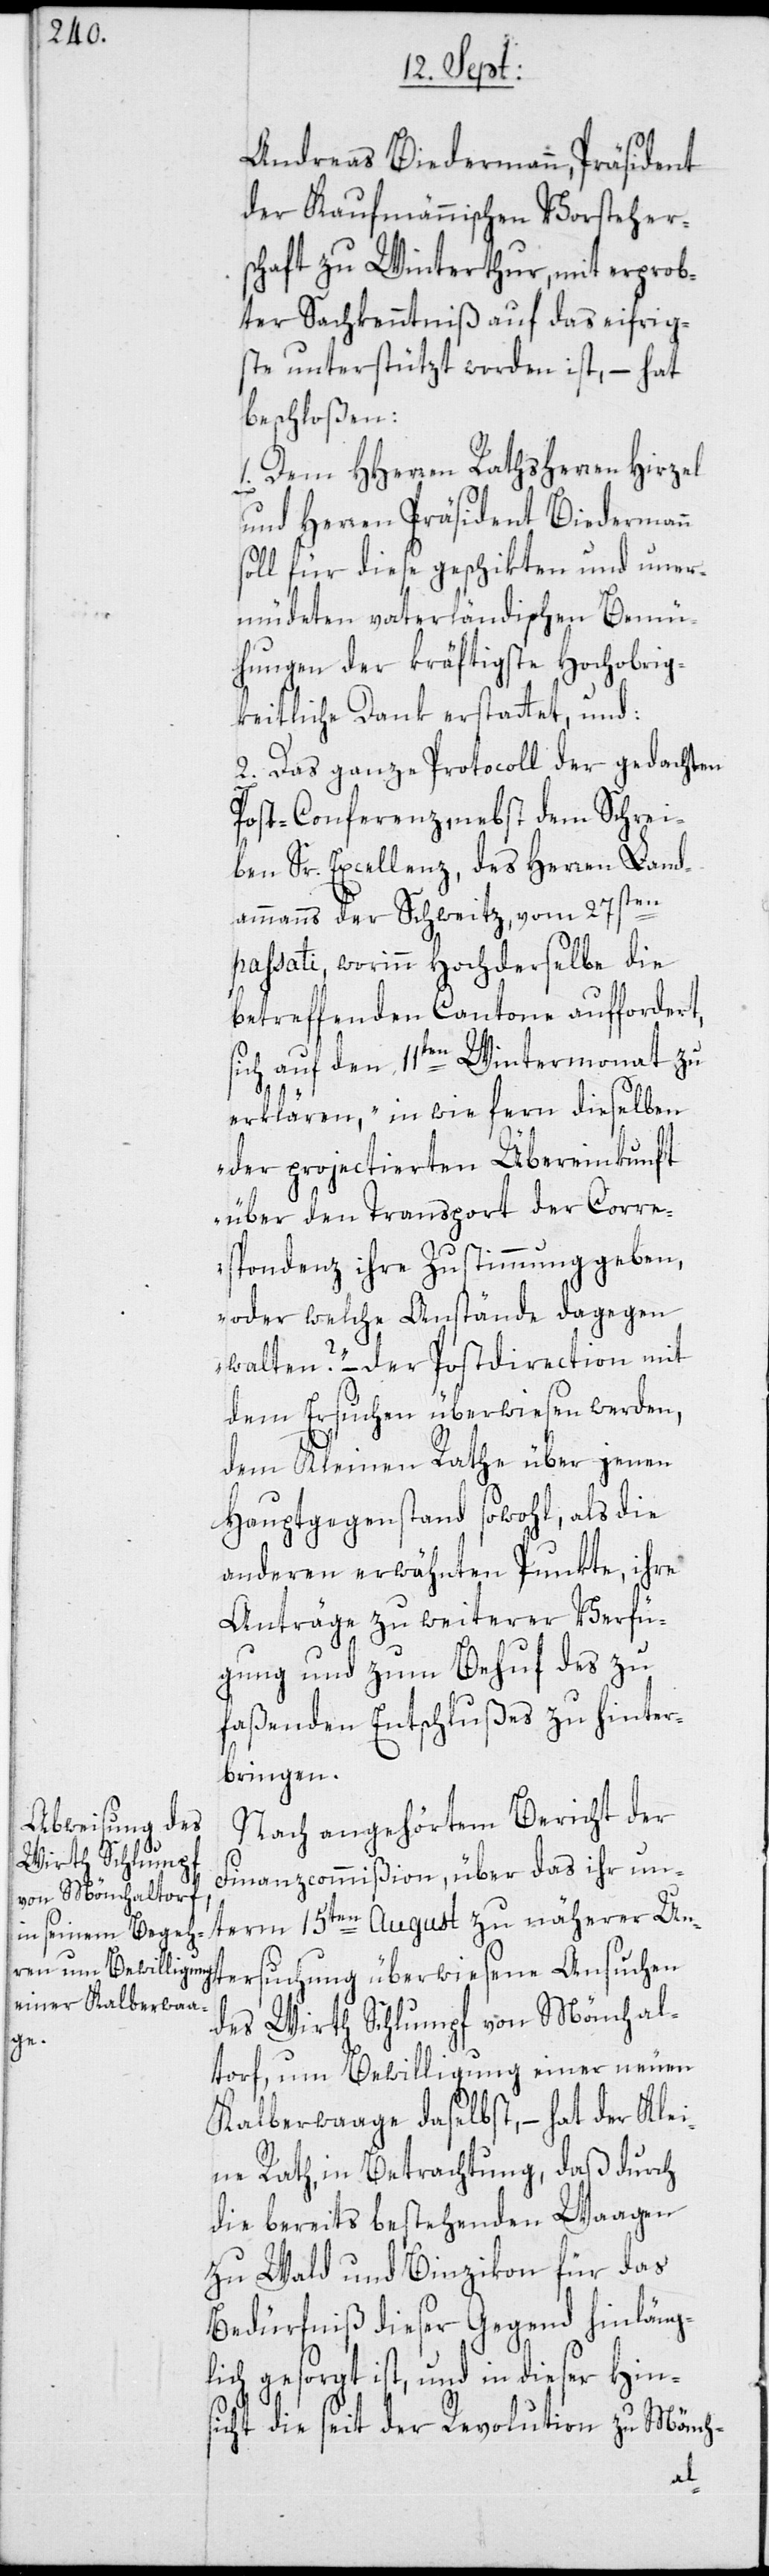
Andreas Biedermann, Präsident
der Kaufmännischen Vorstehers¬
chaft zu Winterthur, mit erprob¬
ter Sachkenntniß auf das eifrig¬
ste unterstützt worden ist, – hat
beschloßen:
1. Dem HHerren Rathsherren Hirzel
und Herren Präsident Biedermann
soll für diese geschikten und uner¬
müdeten vaterländischen Bemü¬
hungen der kräftigste Hochobrig¬
keitliche Dank erstattet, und:
2. Das ganze Protocoll der gedachten
Post-Conferenz, nebst dem Schrei¬
ben Sr. Excellenz, des Herren Land¬
ammanns der Schweitz, vom 27sten
passati, worinn Hochderselbe die
betreffenden Cantone auffordert,
sich auf den 11ten Wintermonat zu
erklären, „in wie fern dieselben
der projectierten Übereinkunft
über den Transport der Corre¬
spondenz ihre Zustimmung geben,
oder welche Anstände dagegen
walten?“ – der Postdirection mit
dem Ersuchen überwiesen werden,
dem Kleinen Rathe über jenen
Hauptgegenstand sowohl, als die
anderen erwähnten Punkte, ihre
Anträge zu weiterer Verfü¬
gung und zum Behuf des zu
faßenden Entschlußes zu hinter¬
bringen.
Nach angehörtem Bericht der
Finanzcommißion, über das ihr un¬
term 15ten August zu näherer
des Wirth Schlumpf von Mönchal¬
torf, um Bewilligung einer neuen
Kalberwaage daselbst, – hat der Klei¬
ne Rath, in Betrachtung, daß durch
die bereits bestehenden Waagen
zu Wald und Binzikon für das
Bedürfniß dieser Gegend hinläng¬
lich gesorgt ist, und in dieser Hins¬
icht die seit der Revolution zu Mönch-